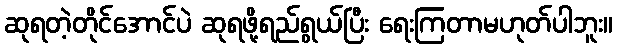
ဆုရတဲ့တိုင်အောင်ပဲ ဆုရဖို့ရည်ရွယ်ပြီး ရေးကြတာမဟုတ်ပါဘူး။